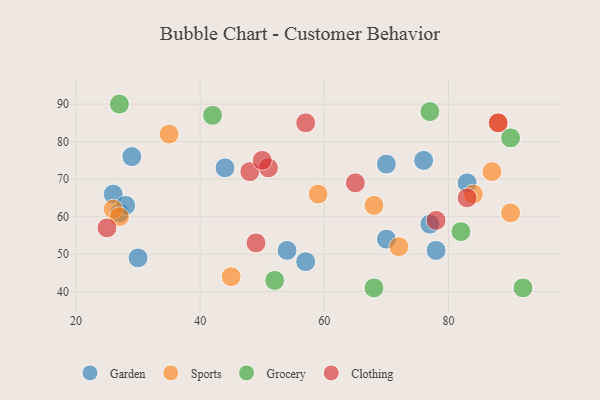
{"axis": {"x": "GDP", "y": "Life Expectancy"}, "legend": ["Clothing", "Garden", "Grocery", "Sports"], "data": [{"x": "83", "y": 69, "type": "Garden"}, {"x": "26", "y": 66, "type": "Garden"}, {"x": "27", "y": 61, "type": "Garden"}, {"x": "30", "y": 49, "type": "Garden"}, {"x": "57", "y": 48, "type": "Garden"}, {"x": "28", "y": 63, "type": "Garden"}, {"x": "54", "y": 51, "type": "Garden"}, {"x": "70", "y": 74, "type": "Garden"}, {"x": "77", "y": 58, "type": "Garden"}, {"x": "78", "y": 51, "type": "Garden"}, {"x": "29", "y": 76, "type": "Garden"}, {"x": "76", "y": 75, "type": "Garden"}, {"x": "44", "y": 73, "type": "Garden"}, {"x": "70", "y": 54, "type": "Garden"}, {"x": "72", "y": 52, "type": "Sports"}, {"x": "26", "y": 62, "type": "Sports"}, {"x": "87", "y": 72, "type": "Sports"}, {"x": "84", "y": 66, "type": "Sports"}, {"x": "59", "y": 66, "type": "Sports"}, {"x": "90", "y": 61, "type": "Sports"}, {"x": "68", "y": 63, "type": "Sports"}, {"x": "45", "y": 44, "type": "Sports"}, {"x": "27", "y": 60, "type": "Sports"}, {"x": "88", "y": 85, "type": "Sports"}, {"x": "35", "y": 82, "type": "Sports"}, {"x": "92", "y": 41, "type": "Grocery"}, {"x": "27", "y": 90, "type": "Grocery"}, {"x": "52", "y": 43, "type": "Grocery"}, {"x": "82", "y": 56, "type": "Grocery"}, {"x": "68", "y": 41, "type": "Grocery"}, {"x": "90", "y": 81, "type": "Grocery"}, {"x": "42", "y": 87, "type": "Grocery"}, {"x": "77", "y": 88, "type": "Grocery"}, {"x": "49", "y": 53, "type": "Clothing"}, {"x": "25", "y": 57, "type": "Clothing"}, {"x": "65", "y": 69, "type": "Clothing"}, {"x": "78", "y": 59, "type": "Clothing"}, {"x": "88", "y": 85, "type": "Clothing"}, {"x": "48", "y": 72, "type": "Clothing"}, {"x": "83", "y": 65, "type": "Clothing"}, {"x": "51", "y": 73, "type": "Clothing"}, {"x": "50", "y": 75, "type": "Clothing"}, {"x": "57", "y": 85, "type": "Clothing"}]}